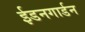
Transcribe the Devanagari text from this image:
ईडनगार्डन